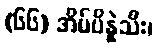
(၆၆) အိမ်ပိန္နဲသီး၊